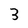
Character: 3